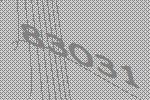
83031